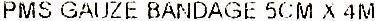
PMS GAUZE BANDAGE 5CM X 4M